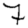
Digit: 7